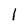
Character: l